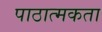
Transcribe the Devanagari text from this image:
पाठात्मकता